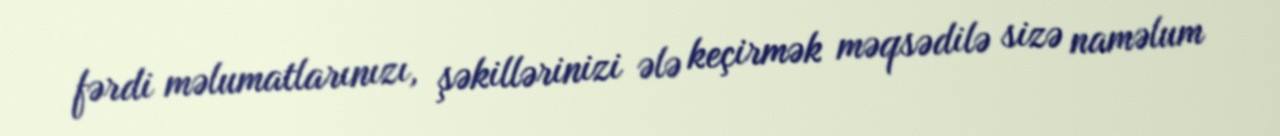
fərdi məlumatlarınızı, şəkillərinizi ələ keçirmək məqsədilə sizə naməlum